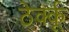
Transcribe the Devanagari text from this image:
ठेर्क्कू